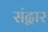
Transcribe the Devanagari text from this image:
संद्वार